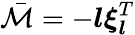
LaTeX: \bar{\mathcal{M}}=-\boldsymbol{l}\boldsymbol{\xi}_{\boldsymbol{l}}^{T}